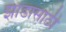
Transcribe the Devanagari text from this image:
झाडासाठी